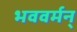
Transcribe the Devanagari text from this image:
भववर्मन्‌